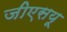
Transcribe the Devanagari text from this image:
जीएसयू